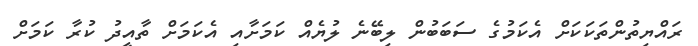
ރައްޔިތުންތަކަކަށް އެކަމުގެ ސަބަބުން ލިބޭނެ ލުޔެއް ކަމަށާއި އެކަމަށް ތާއީދު ކުރާ ކަމަށް